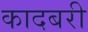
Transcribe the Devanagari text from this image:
कादबरी